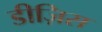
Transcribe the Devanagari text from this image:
डीज़िस